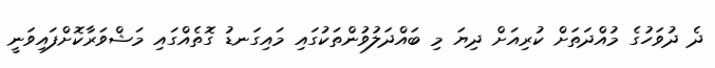
ދެ ދުވަހުގެ މުއްދަތަށް ކުރިއަށް ދިޔަ މި ބައްދަލުވުންތަކުގައި މައިގަނޑު ގޮތެއްގައި މަޝްވަރާކޮށްފައިވަނީ